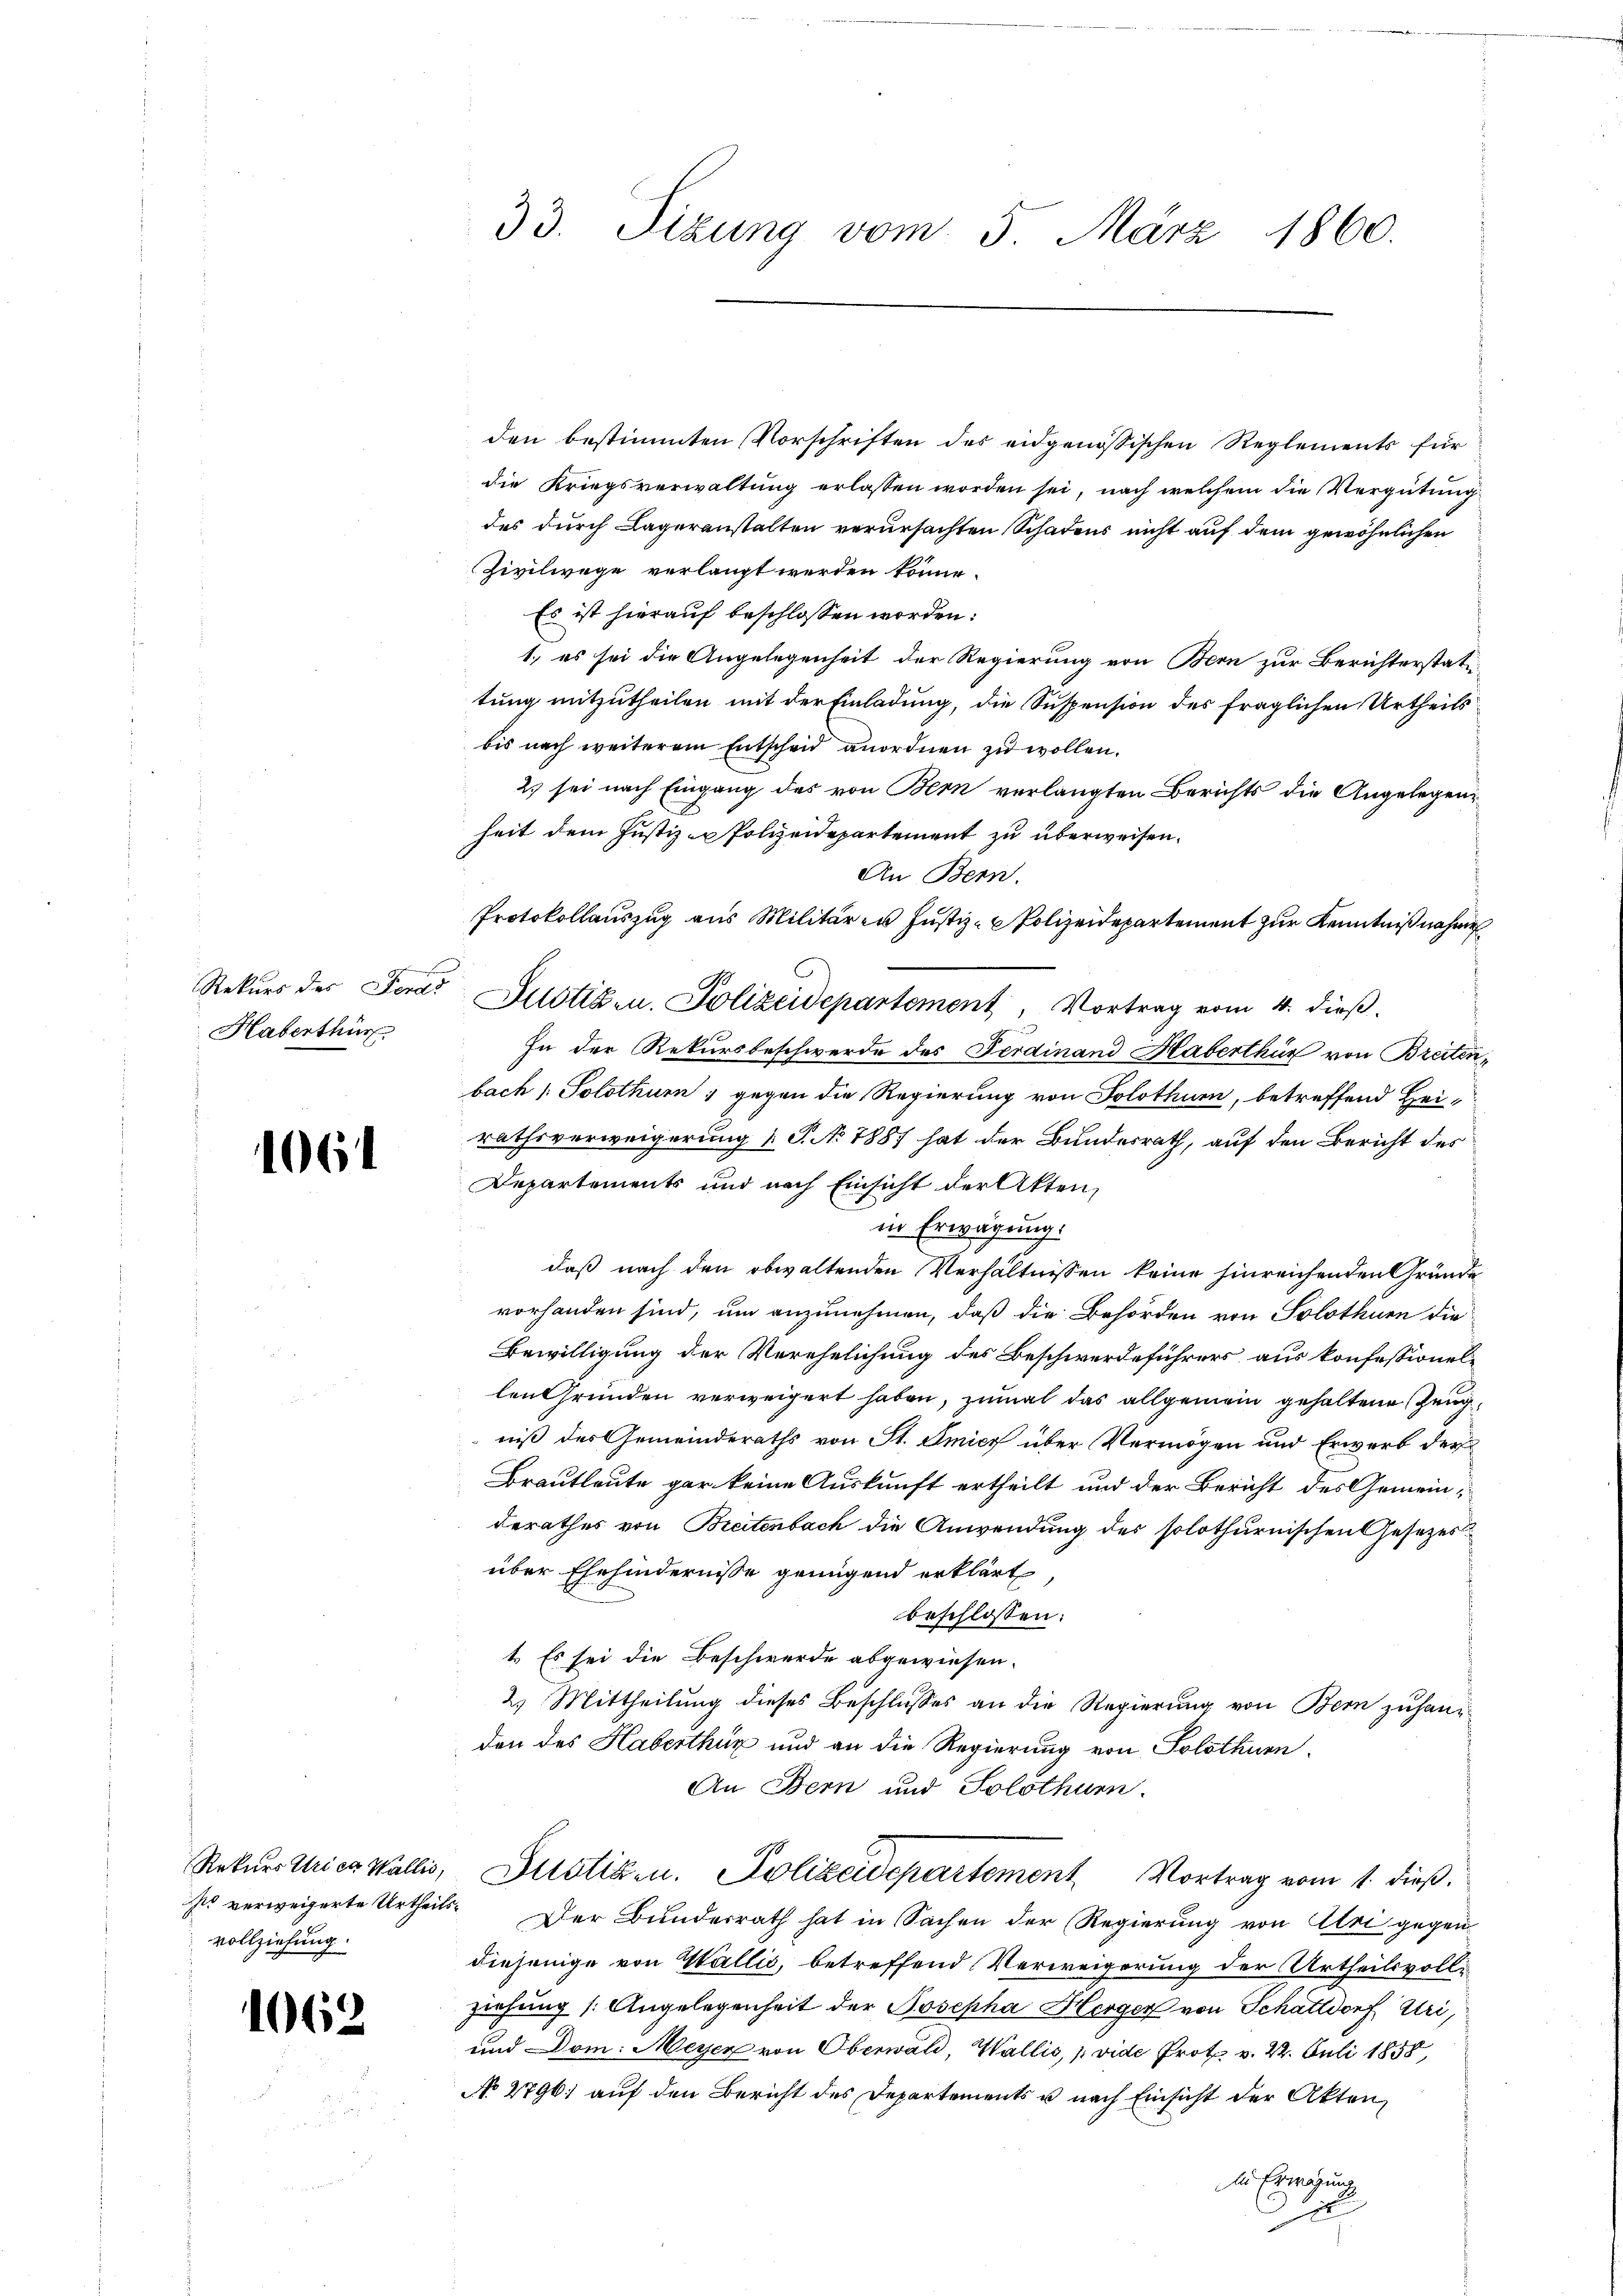
fs
Rekurs des Ferdi
Haberthur

106

vollziehung.

1062

den bestimmten Vorschriften des eidgenössischen Reglements für
die Kriegsverwaltung erlassen worden sei, nach welchem die Vergütung
des durch Lageranstalten verursachten Schadens nicht auf dem gewöhnlichen
Zivilwege verlangt werden könne.
Es ist hierauf beschlossen worden:
1.) es sei die Angelegenheit der Regierung von Bern zur Berichterstatu-
tung mitzutheilen mit der Einladung, die Suspension des fraglichen Urtheils
bis nach weiterem Entscheid anordnen zu wollen.
2) sei nach Eingang des von Bern verlangten Berichts die Angelegenheit dem Justiz- & Polizeidepartement zu überweisen.
An Bern.
Protokollauszug aus Militären Justiz- & Polizeidepartement zur Kenntniß nahme
Justiz- u. Polizeidepartement, Vortrag vom 4. dieß.
In der Rekursbeschwerde des Ferdinand Haberthur von Breiten,
bach Solothurn, gegen die Regierung von Solothurn, betreffend Hei-
rathsverweigerung & P. No 1887 hat der Bundesrath, auf den Bericht des
Departements und nach Einsicht der Akten,
in Erwägung.
daß nach den obwaltenden Verhältnissen keine hinreichenden Gründe
vorhanden sind, um anzunehmen, daß die Behörden von Solothurn die
Bewilligung der Verehelichung des Beschwerdeführers aus konfessionellen Gründen verweigert haben, zumal das allgemein gehaltene Zeugniß des Gemeinderaths von St. Amicz über Vermögen und Erwerb der
Brautleute gar keine Auskunft ertheilt und der Bericht des Gemeinderathes von Breitenbach die Anwendung des solothurnischen Gesezesüber Ehehindernisse genügend erklärt
beschlossen:
1. Es sei die Beschwerde abgewiesen.
2) Mittheilung dieses Beschlusses an die Regierung von Bern zuhanden des Haberthur und an die Regierung von Solothurn,
An Bern und Solothurn.
Rekurs Urica Wallis, Distik u. Polizeidepartement Vortrag vom 1. dieß.
so verweigerte Urtheils. Der Bundesrath hat in Sachen der Regierung von Uri gegen
diejenige von Wallis, betreffend Verweigerung der Urtheilsvollziehung (Angelegenheit der Josepha Herger von Schattdorf Uri,
und Dom: Meyer von Oberwald, Wallis, p vide Prote v. 22. Juli 1858,
No 2796. auf den Bericht des Departements u nach Einsicht der Akten,
in Erwägung
i

33. Sizung vom 5. März 1860.